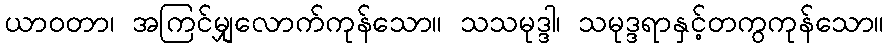
ယာဝတာ၊ အကြင်မျှလောက်ကုန်သော။ သသမုဒ္ဒါ၊ သမုဒ္ဒရာနှင့်တကွကုန်သော။